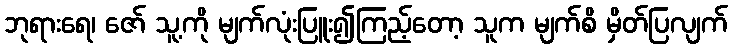
ဘုရားရေ၊ ဇော် သူ့ကို မျက်လုံးပြူး၍ကြည့်တော့ သူက မျက်စိ မှိတ်ပြလျက်